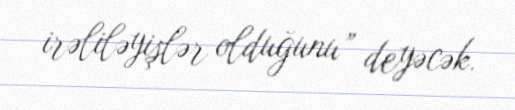
irəliləyişlər olduğunu” deyəcək.